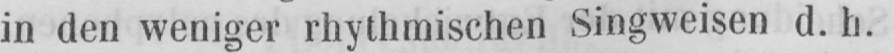
in den weniger rhythmischen Singweisen d. h.